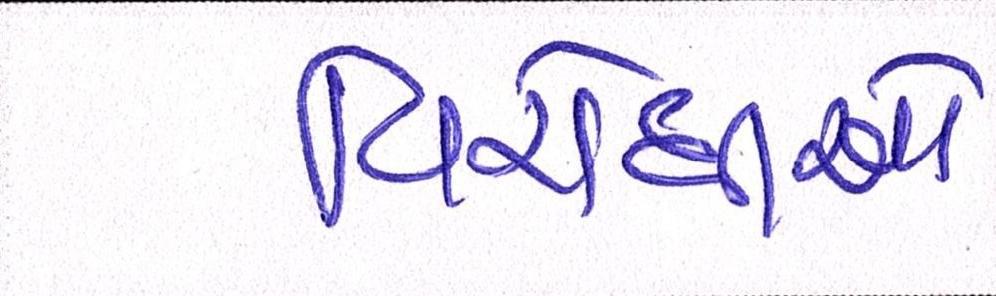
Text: વિરોધીઓ